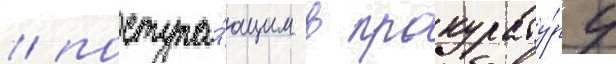
/ поступа́ющим в прокурату́ру